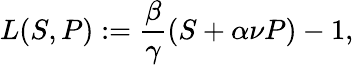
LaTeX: L(S,P):=\frac{\beta}{\gamma}\left(S+\alpha\nu P\right)-1,